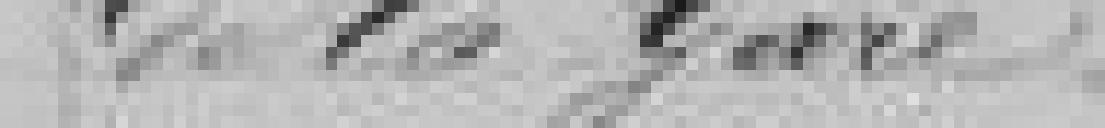
de la Gare.